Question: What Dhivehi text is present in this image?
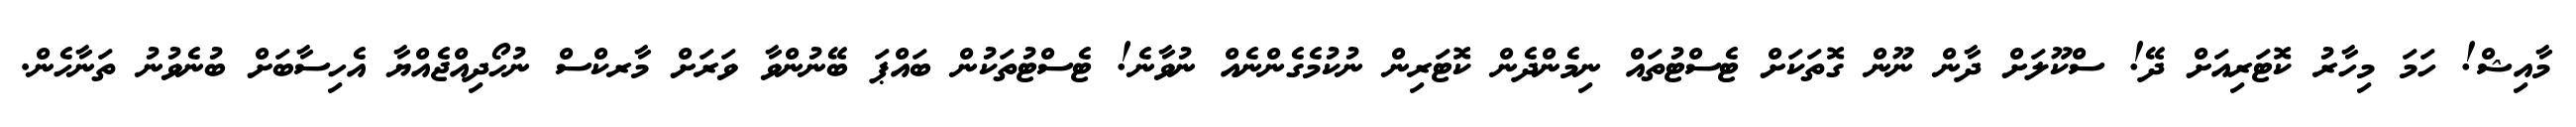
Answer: މާއިޝް! ހަމަ މިހާރު ކޮޓަރިއަށް ދޭ! ސްކޫލަށް ދާން ނޫން ގޮތަކަށް ޓެސްޓުތައް ނިމެންދެން ކޮޓަރިން ނުކުމެގެންނެއް ނުވާނެ! ޓެސްޓުތަކުން ބައްޕަ ބޭނުންވާ ވަރަށް މާރކްސް ނުހޯދިއްޖެއްޔާ އެހިސާބަށް ބުނެވުނު ތަނާހެން.